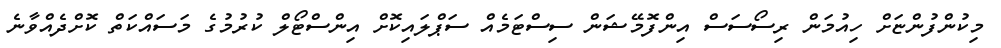
މިކުންފުންޏަށް ހިއުމަން ރިސޯސަސް އިންފޮމޭޝަން ސިސްޓަމެއް ސަޕްލައިކޮށް އިންސްޓޯލްް ކުރުމުގެ މަސައްކަތް ކޮށްދެއްވާނެ